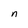
Character: n